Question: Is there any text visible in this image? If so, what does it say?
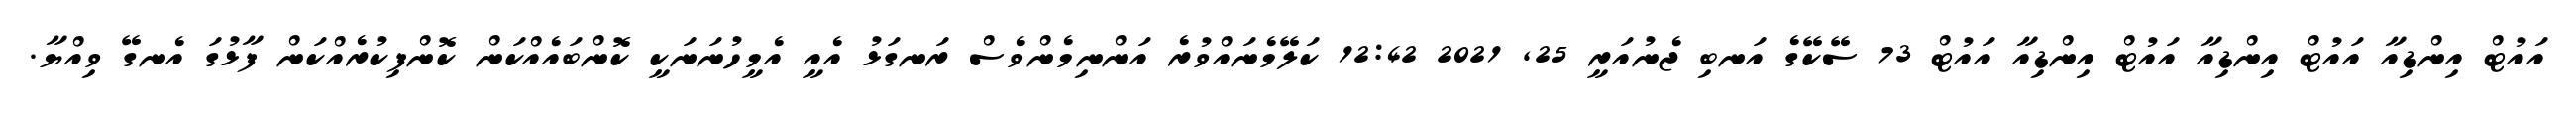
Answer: އައުޓް އިންޑިއާ އައުޓް އިންޑިއާ އައުޓް އިންޑިއާ އައުޓް 73 ސޭކޭގެ އަނބި ޖެނުއަރީ 25, 2021 12:42 ކަލޭމެނައްވުރެ އަންނިމެންވެސް ރަނގަޅު އެއީ އެމީހުނަނަކީ ކޮންބައެއްކަން ކޮންފިކުރެއްކަން ފާޅުގަ އެނގޭ ވިއްޔާ.